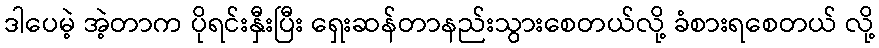
ဒါပေမဲ့ အဲ့တာက ပိုရင်းနှီးပြီး ရှေးဆန်တာနည်းသွားစေတယ်လို့ ခံစားရစေတယ် လို့